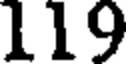
119